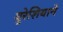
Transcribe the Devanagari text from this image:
युरेशियाने